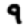
Digit: 9